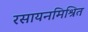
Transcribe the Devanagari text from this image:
रसायनमिश्रित